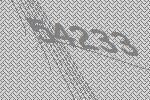
54233